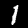
Digit: 1